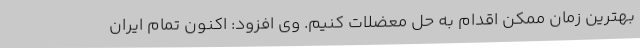
بهترین زمان ممکن اقدام به حل معضلات کنیم. وی افزود: اکنون تمام ایران